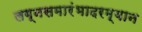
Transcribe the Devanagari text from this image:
लग्नसमारंभादरम्यान